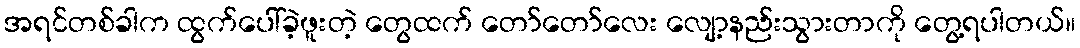
အရင်တစ်ခါက ထွက်ပေါ်ခဲ့ဖူးတဲ့ တွေထက် တော်တော်လေး လျော့နည်းသွားတာကို တွေ့ရပါတယ်။